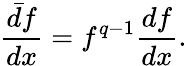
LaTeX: \frac{\bar{d}f}{dx}=f^{q-1}\frac{df}{dx}.